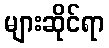
များဆိုင်ရာ